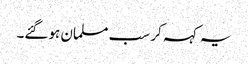
یہ کہہ کر سب مسلمان ہوگئے۔